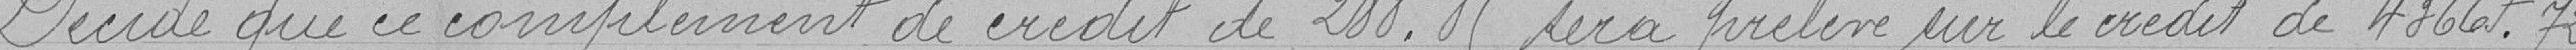
Décide